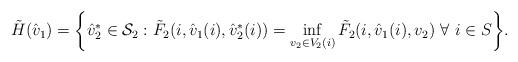
LaTeX: \begin{align*}\tilde{H}(\hat{v}_1)=\biggl\{\hat{v}^{*}_2\in {\mathcal{S}_2}:\tilde{F}_2(i,\hat{v}_1(i),\hat{v}^{*}_2(i))=\inf_{v_2\in V_2(i)} \tilde{F}_2(i,\hat{v}_1(i),v_2)~\forall~i\in S\biggr\}.\end{align*}